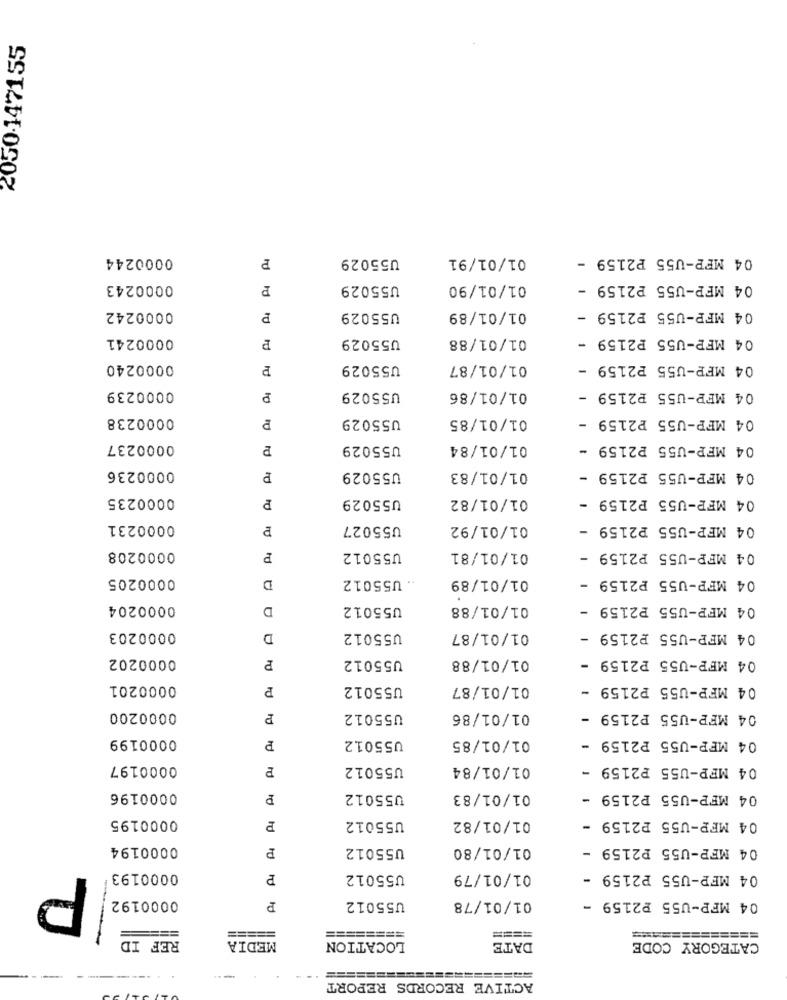
2050-147155
0000244
P
U55029
01/01/91
04 MFP-U55 P2159 -
0000243
P
U55029
01/01/90
04 MFP-U55 P2159 -
0000242
U55029
01/01/89
04 MFP-U55 P2159 -
0000241
P
U55029
01/01/88
04 MFP-U55 P2159 -
0000240
U55029
01/01/87
04 MFP-U55 P2159 -
0000239
U55029
01/01/86
04 MFP-U55 P2159 -
0000238
U55029
01/01/85
04 MFP-U55 P2159
0000237
U55029
01/01/84
04 MFP-U55 P2159 -
0000236
P
U55029
01/01/83
04 MFP-U55 P2159 -
0000235
P
U55029
01/01/82
04 MFP-U55 P2159 -
0000231
U55027
01/01/92
04 MFP-U55 P2159 -
0000208
P
U55012
01/01/81
04 MFP-U55 P2159 -
0000205
.. U55012
01/01/89
04 MFP-U55 P2159
D
0000204
D
U55012
01/01/88
04 MFP-U55 P2159 -
0000203
D
U55012
01/01/87
04 MFP-U55 P2159 -
0000202
U55012
01/01/88
04 MFP-U55 P2159 -
0000201
P
U55012
01/01/87
04 MFP-U55 P2159 -
0000200
P
U55012
01/01/86
04 MFP-U55 P2159 -
0000199
U55012
01/01/85
04 MFP-U55 P2159 -
P
0000197
U55012
01/01/84
04 MFP-U55 P2159 -
0000196
P
U55012
01/01/83
04 MFP-U55 P2159 -
0000195
01/01/82
04 MFP-U55 P2159 -
U55012
0000194
P
U55012
01/01/80
04 MFP-U55 P2159 -
P
0000193
P
U55012
01/01/79
04 MFP-U55 P2159 -
0000192
P
U55012
01/01/78
04 MFP-U55 22159 -
===
========
===
====
==============
REF ID
MEDIA
LOCATION
DATE
CATEGORY CODE
========
ACTIVE RECORDS REPORT